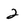
Character: 2